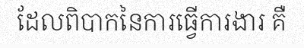
ដែលពិបាកនៃការធ្វើការងារ គឺ